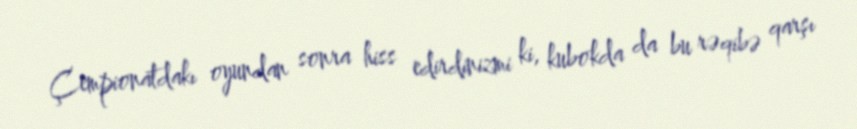
Çempionatdakı oyundan sonra hiss edirdinizmi ki, kubokda da bu rəqibə qarşı